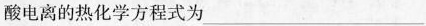
酸电离的热化学方程式为___